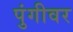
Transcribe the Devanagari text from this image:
पुंगीवर